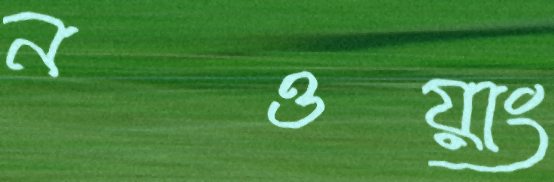
নওয়াং